King Institute of Preventive Medicine Micro-Biological Section reports 1912-19
Year: 1912
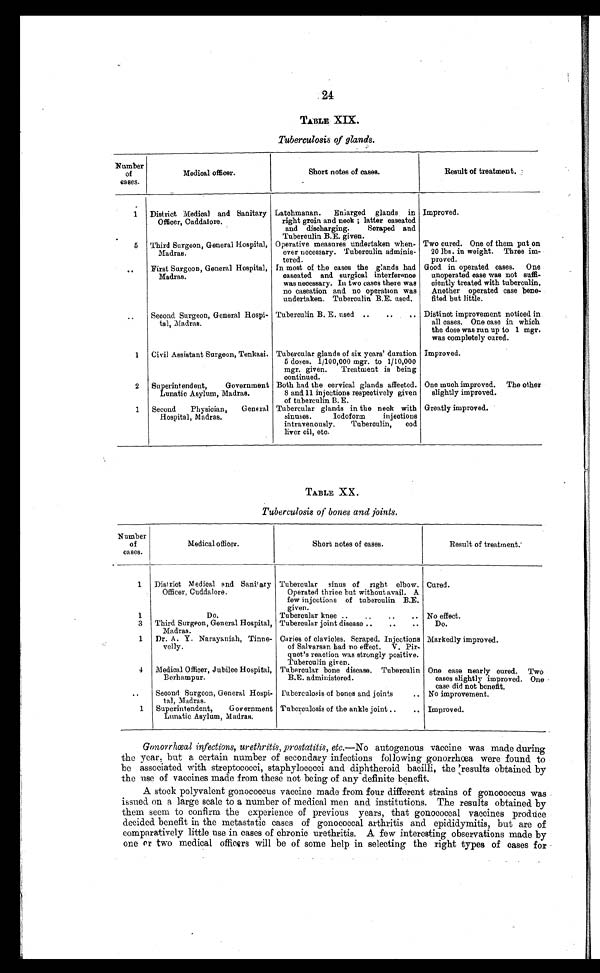
24
TABLE XIX.
Tuberculosis of glands.
Number
of
cases.
Medical officer.
Short notes of cases.
Result of treatment.
1
District Medical and Sanitary
Officer, Cuddalore.
Latchmanan.
Enlarged glands in
right groin and neck ; latter caseated
and discharging. Scraped and
Tuberculin B.E. given.
Improved.
5
Third Surgeon, General Hospital,
Madras.
Operative measures undertaken when-
ever necessary. Tuberculin adminis-
tered.
Two cured. One of them put on
20 lbs. in weight. Three im
- p r o v e d .
. . .
First Surgeon, General Hospital,
Madras.
In most of the cases the glands had
caseated and surgical interference
was necessary. In two cases there was
no caseation and no operation was
undertaken. Tuberculin B.E. used.
Good in operated cases. One
unoperated case was not suffi-
ciently treated with tuberculin.
Another operated case bene-
fited but little.
. . .
Second Surgeon, General Hospi-
tal, Madras.
Tuberculin B. E. used . . . Distinct improvement noticed in
all cases. One case in which
the dose was run up to 1 mgr.
was completely cured.
1
Civil Assistant Surgeon, Tenkasi. Tubercular glands of six years' duration
5 doses. 1/100,000 mgr. to 1/10,000
mgr. given. Treatment is being
continued.
Improved.
2
Superintendent ,
Government
Lunatic Asylum, Madras.
Both had the cervical glands affected.
8 and 11 injections respectively given
of tuberculin B. E.
One much improved. The other
slightly improved.
1
Second Physician, General
Hospital, Madras.
Tubercular glands in the neck with
sinuses. Iodoform injections
intravenously. Tuberculin, cod
liver oil, etc.
Greatly improved.
TABLE XX.
Tuberculosis of bones and joints.
Number
of
cases.
Medical officer.
Short notes of cases.
Result of treatment.
1
District Medical end Sanitary
Officer, Cuddalore.
Tubercular sinus of right elbow.
Operated thrice but without avail. A
few injections of tuberculin B.E.
given.
Cured.
1
Do.
Tubercular knee . . . No effect.
3
Third Surgeon, General Hospital,
Madras.
Tubercular joint disease . . .
Do.
1
Dr. A. Y. Narayaniah, Tinne-
velly.
Caries of clavicles. Scraped. Injections
of Salvarsan had no effect. V. Pir-
quet's reaction was strongly positive.
Tuberculin given.
Markedly improved.
4
Medical Officer, Jubilee Hospital,
Berhampur.
Tubercular bone disease. Tuberculin
B.E. administered.
One case nearly cured. Two
cases slightly improved. One
case did not benefit.
. . .
Second Surgeon, General Hospi-
tal, Madras.
Tuberculosis of bones and joints . . . No improvement.
1
Superintendent, Government
Lunatic Asylum, Madras.
Tuberculosis of the ankle joint . . . Improved.
Gonorrhœal infections, urethritis, prostatitis, etc.— No autogenous vaccine was made during
the year, but a certain number of secondary infections following gonorrhœa were found to
be associated with streptococci, staphylococci and diphtheroid bacilli, the results obtained by
the use of vaccines made from these not being of any definite benefit.
A stock polyvalent gonococcus vaccine made from four different strains of gonococcus was
issued on a large scale to a number of medical men and institutions. The results obtained by
them seem to confirm the experience of previous years, that gonococcal vaccines produce
decided benefit in the metastatic cases of gonococcal arthritis and epididymitis, but are of
comparatively little use in cases of chronic urethritis. A few interesting observations made by
one or two medical officers will be of some help in selecting the right types of cases for